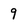
Character: 9